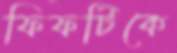
ফিফটিকে